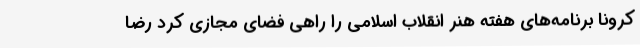
کرونا برنامه‌های هفته هنر انقلاب اسلامی را راهی فضای مجازی کرد رضا